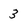
Character: 3